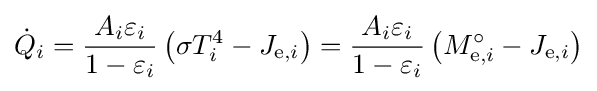
{\dot {Q}}_{i}={\frac {A_{i}\varepsilon _{i}}{1-\varepsilon _{i}}}\left(\sigma T_{i}^{4}-J_{\mathrm {e} ,i}\right)={\frac {A_{i}\varepsilon _{i}}{1-\varepsilon _{i}}}\left(M_{\mathrm {e} ,i}^{\circ }-J_{\mathrm {e} ,i}\right)